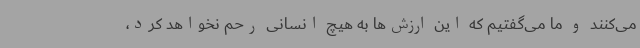
می‌کنند و ما می‌گفتیم که این ارزش‌ها به هیچ انسانی رحم نخواهد کرد،